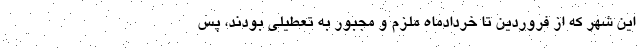
این شهر که از فروردین تا خردادماه ملزم و مجبور به تعطیلی بودند، پس